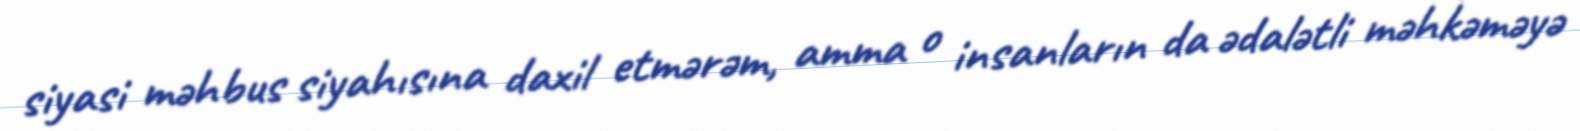
siyasi məhbus siyahısına daxil etmərəm, amma o insanların da ədalətli məhkəməyə